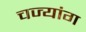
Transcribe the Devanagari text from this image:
चज्यांग